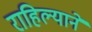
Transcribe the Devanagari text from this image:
राहिल्‍याने